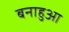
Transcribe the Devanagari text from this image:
बनाहुआ